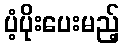
ပံ့ပိုးပေးမည့်